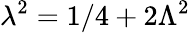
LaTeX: \lambda^{2}=1/4+2\Lambda^{2}